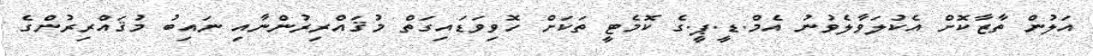
އަލުން ތާޒާކޮށް އެކުލަވާލެވުނު އެމް.ޑީ.ޕީ.ގެ ކޮމެޓީ ތަކަށް ހޮވިވަޑައިގަތް މުޤައްރިރުންނާއި ނައިބު މުޤައްރިރުންގެ